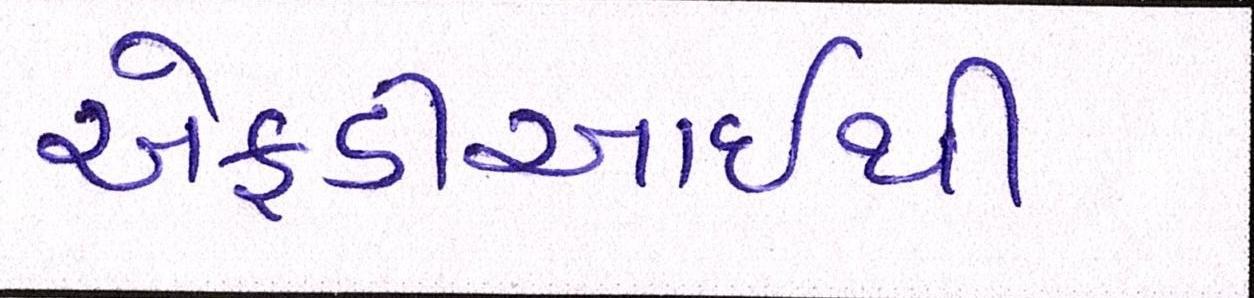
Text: એફડીઆઇથી